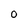
Character: O